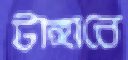
টাঙ্গাবে